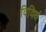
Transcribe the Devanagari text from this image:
विविधं